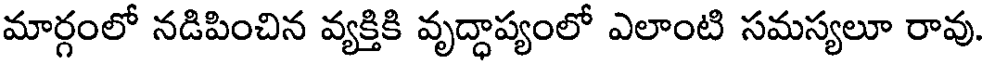
మార్గంలో నడిపించిన వ్యక్తికి వృద్ధాప్యంలో ఎలాంటి సమస్యలూ రావు.